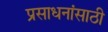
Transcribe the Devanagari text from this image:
प्रसाधनांसाठी